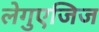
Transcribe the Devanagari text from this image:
लेगुएजिज